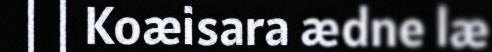
| | Koæisara ædne læ